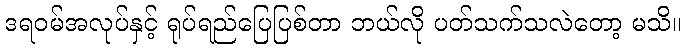
ဒရဝမ်အလုပ်နှင့် ရုပ်ရည်ပြေပြစ်တာ ဘယ်လို ပတ်သက်သလဲတော့ မသိ။